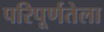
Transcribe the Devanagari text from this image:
परिपूर्णतेला